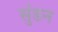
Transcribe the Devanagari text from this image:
सुंडन